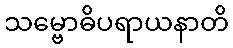
သမ္ဗောဓိပရာယနာတိ